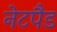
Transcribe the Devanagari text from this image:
नेटपैड